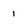
Character: 1